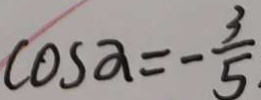
\cos x = - \frac { 3 } { 5 }